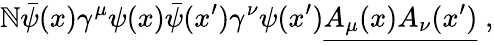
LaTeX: \mathbb{N}{\bar{{\psi}}}(x)\gamma^{\mu}\psi(x){\bar{{\psi}}}(x^{\prime})\gamma^{\nu}\psi(x^{\prime}){\underline{{{A_{\mu}(x)A_{\nu}(x^{\prime})}}}}\; ,